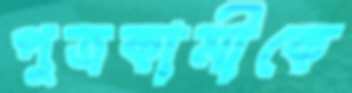
পুত্রকামীকে